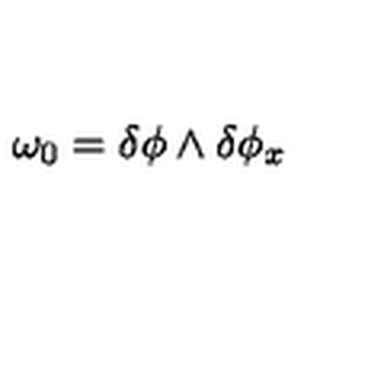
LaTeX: \omega _ { 0 } = \delta \phi \wedge \delta \phi _ { x }